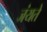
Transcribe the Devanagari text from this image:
जंयते